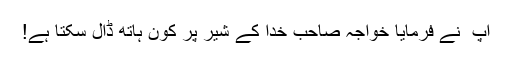
آپ ؑ نے فرمایا خواجہ صاحب خدا کے شیر پر کون ہاتھ ڈال سکتا ہے!